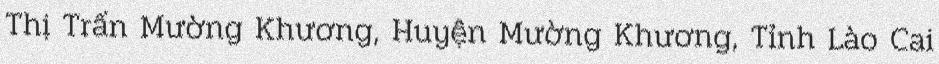
Thị Trấn Mường Khương, Huyện Mường Khương, Tỉnh Lào Cai